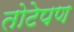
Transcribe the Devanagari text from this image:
तोटेपण